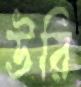
উরি